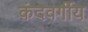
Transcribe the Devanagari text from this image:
कंदवर्गीय